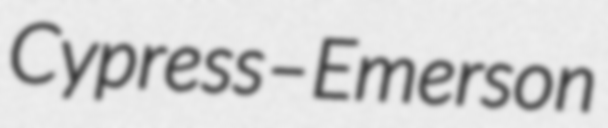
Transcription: Cypress–Emerson